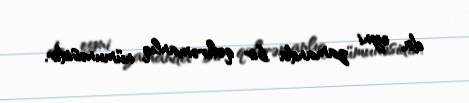
da, eyni zamanda bir qəhrəmanlıq nümunəsidir.